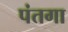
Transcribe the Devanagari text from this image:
पंतगा